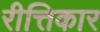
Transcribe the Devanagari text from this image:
रीत्तिकार